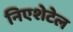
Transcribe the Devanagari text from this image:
निएशेटेल